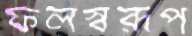
ফলস্বরূপ